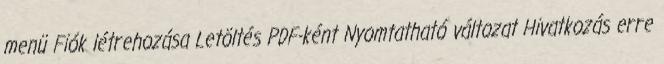
menü Fiók létrehozása Letöltés PDF-ként Nyomtatható változat Hivatkozás erre